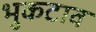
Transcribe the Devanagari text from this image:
भुकटाव